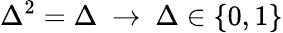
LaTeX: \Delta^{2}=\Delta\ \rightarrow\ \Delta\in\{ 0,1\}